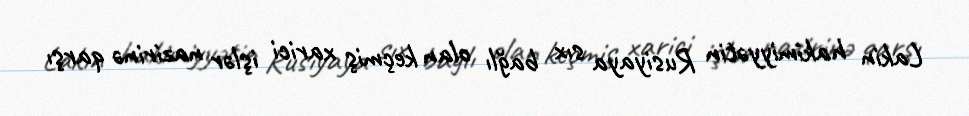
Lakin hakimiyyətin Rusiyaya sıx bağlı olan keçmiş xarici işlər nazirinə qarşı